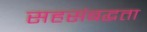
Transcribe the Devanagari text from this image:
सहसंबद्धता